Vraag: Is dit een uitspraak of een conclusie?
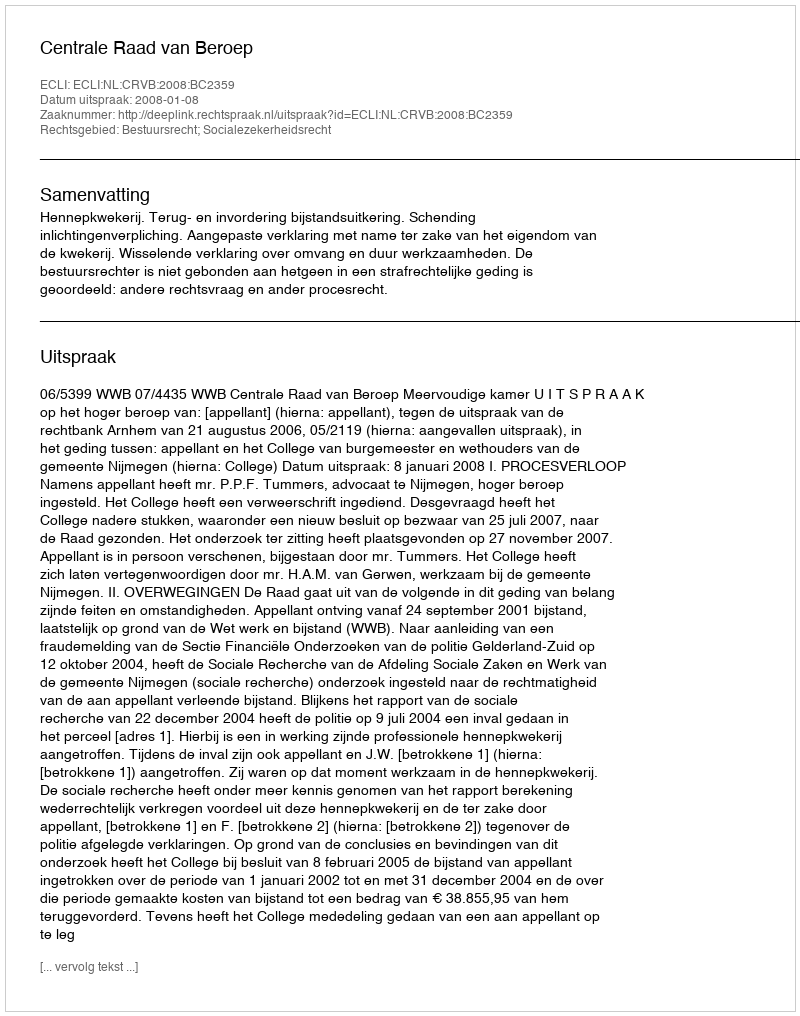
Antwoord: Uitspraak